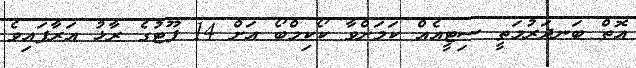
އޮތް ބަނދަރުމަތީ ސިޓީއެއް ކަމަށްވާ ކޯކިމްބޯ އަށް 14 ފޫޓުގެ ރާޅު އަރާފައިވެ